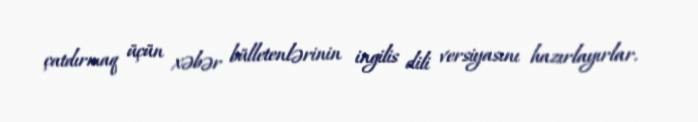
çatdırmaq üçün xəbər bülletenlərinin ingilis dili versiyasını hazırlayırlar.